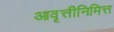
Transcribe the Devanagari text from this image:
आवृत्तीनिमित्त